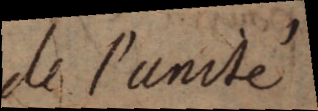
de l’unité